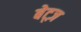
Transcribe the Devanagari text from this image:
बेट्ज़